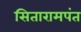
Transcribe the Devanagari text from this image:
सितारामपंत